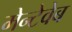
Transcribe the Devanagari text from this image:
मेन्टेवेब